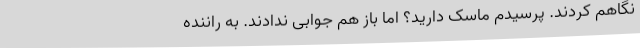
نگاهم کردند. پرسیدم ماسک دارید؟ اما باز هم جوابی ندادند. به راننده